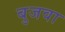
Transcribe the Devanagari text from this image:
बुजवा